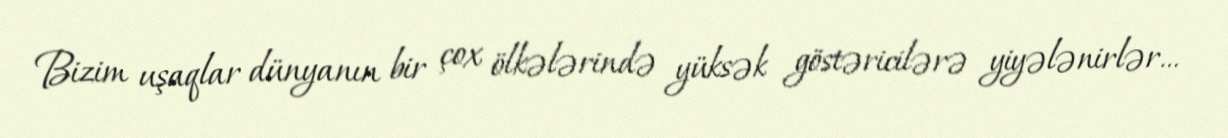
Bizim uşaqlar dünyanın bir çox ölkələrində yüksək göstəricilərə yiyələnirlər...